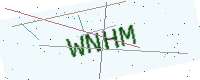
Text: WNHM